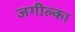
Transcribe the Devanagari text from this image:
जगील्का